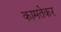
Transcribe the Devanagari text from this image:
कामतेकर